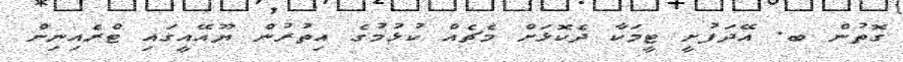
ގޮތުން ބ. އޭދަފުށީ ޓީމަކާ ދެކޮޅަށް މެޗެއް ކުޅުމުގެ އިތުުރުން ޔޫއޭއީގައި ޓްރެއިނިން